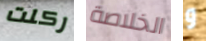
ركلت الخلاصة و